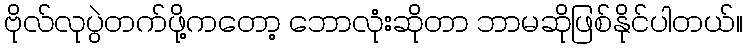
ဗိုလ်လုပွဲတက်ဖို့ကတော့ ဘောလုံးဆိုတာ ဘာမဆိုဖြစ်နိုင်ပါတယ်။